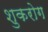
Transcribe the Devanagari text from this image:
शुकरोग